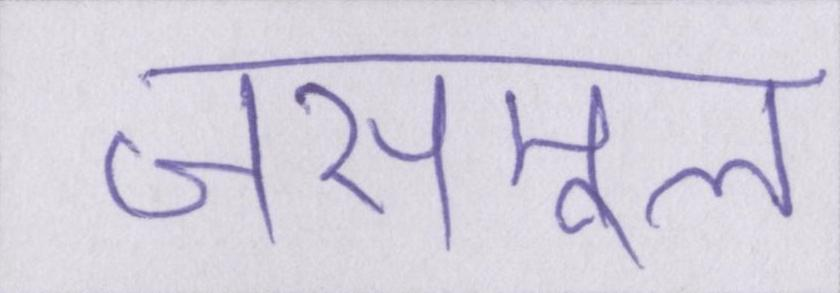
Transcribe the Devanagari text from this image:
जसमूल